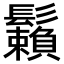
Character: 𩯽